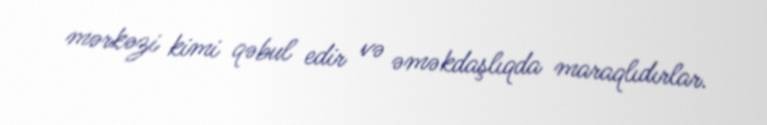
mərkəzi kimi qəbul edir və əməkdaşlıqda maraqlıdırlar.